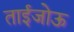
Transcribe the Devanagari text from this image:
ताईजोऊ